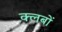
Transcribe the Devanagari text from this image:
क्‍लबों